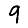
Digit: 9